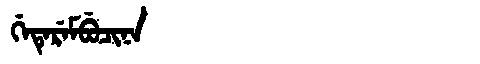
Manchu: ᡤᡝᡨᡝᡵᡝᠮᠪᡠᠴᡳᠨᠠ
Romanization: GETEREMBUCINA